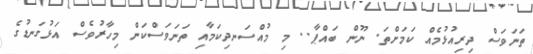
ތަނަވަސް ދިރިއުޅުމެއް ކަމަށްތަ. ނޫން ބައްޕާ.. މި މުއްސަނދިކަމާއި ތަނަވަސްކަން މިހާރުވެސް އަޅުގަނޑުގެ